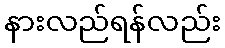
နားလည်ရန်လည်း